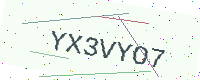
Text: YX3VYO7